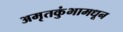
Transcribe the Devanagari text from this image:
अमृतकुंभामधून